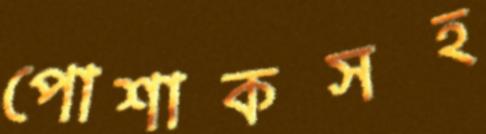
পোশাকসহ